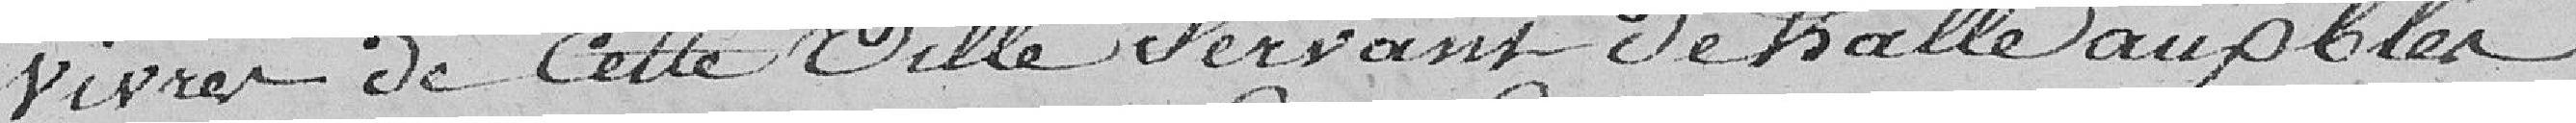
vivres de cette Ville Servant de halle au public